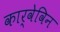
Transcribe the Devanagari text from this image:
कार्वेविन